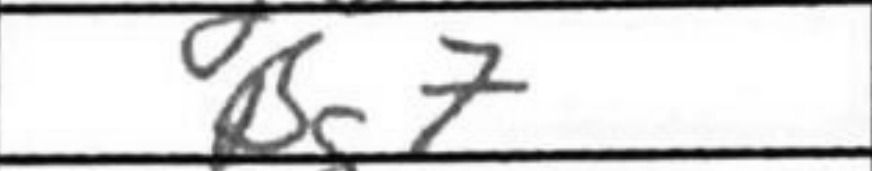
Transcription: Bg7